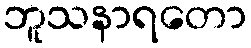
ဘူသနာရတော